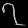
Digit: ၇